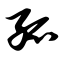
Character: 孤